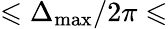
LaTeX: \leqslant\Delta_{\mathrm{max}}/2\pi\leqslant